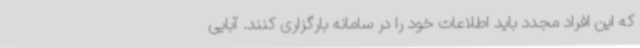
که این افراد مجدد باید اطلاعات خود را در سامانه بارگزاری کنند. آبایی